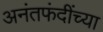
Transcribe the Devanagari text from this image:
अनंतफंदींच्या